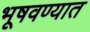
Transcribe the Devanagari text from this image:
भूषवण्यात